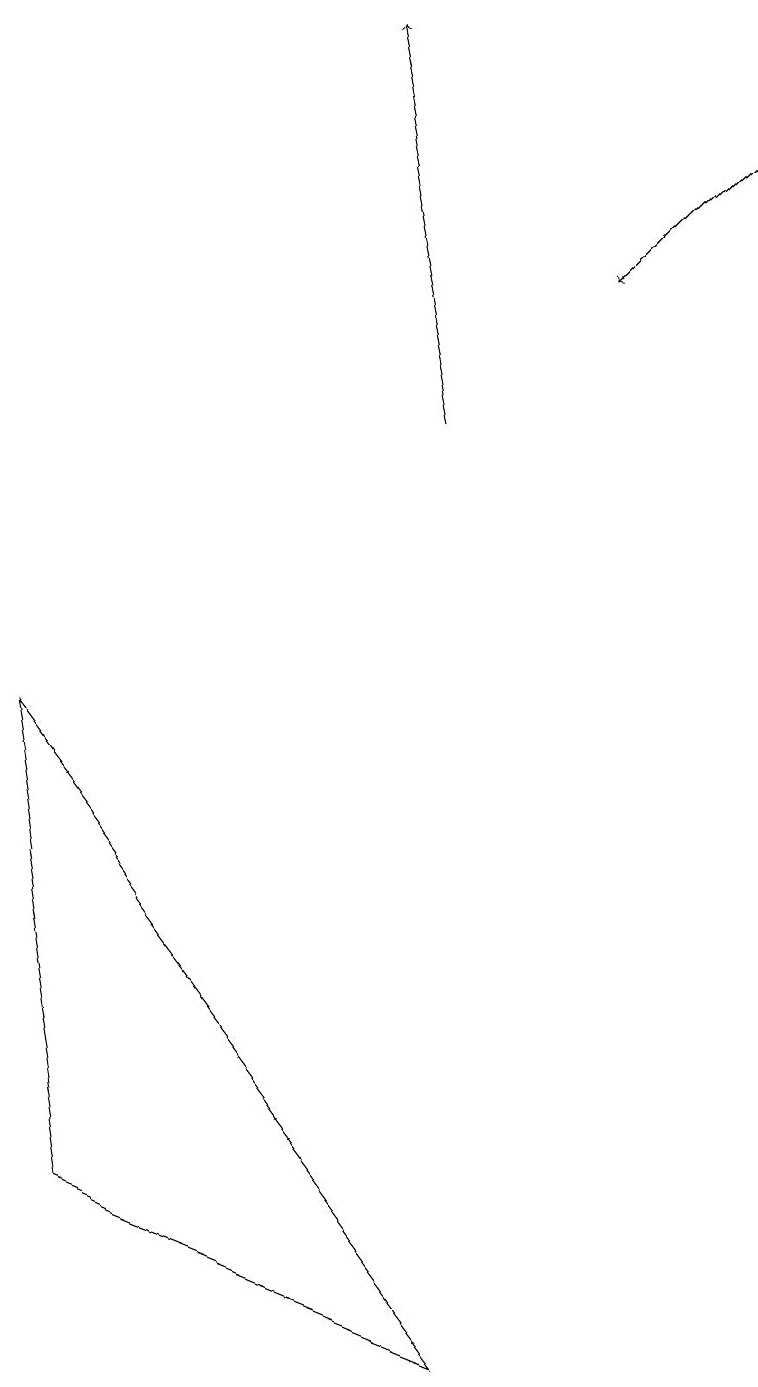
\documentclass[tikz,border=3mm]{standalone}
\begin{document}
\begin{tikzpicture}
\draw[->] (5,13) -- (4,18);
\draw (0,9) -- (1,3) -- (6,1) -- cycle;
\draw[->] (9,17) -- (7,15);
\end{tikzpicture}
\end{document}